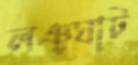
লঞ্চঘাট